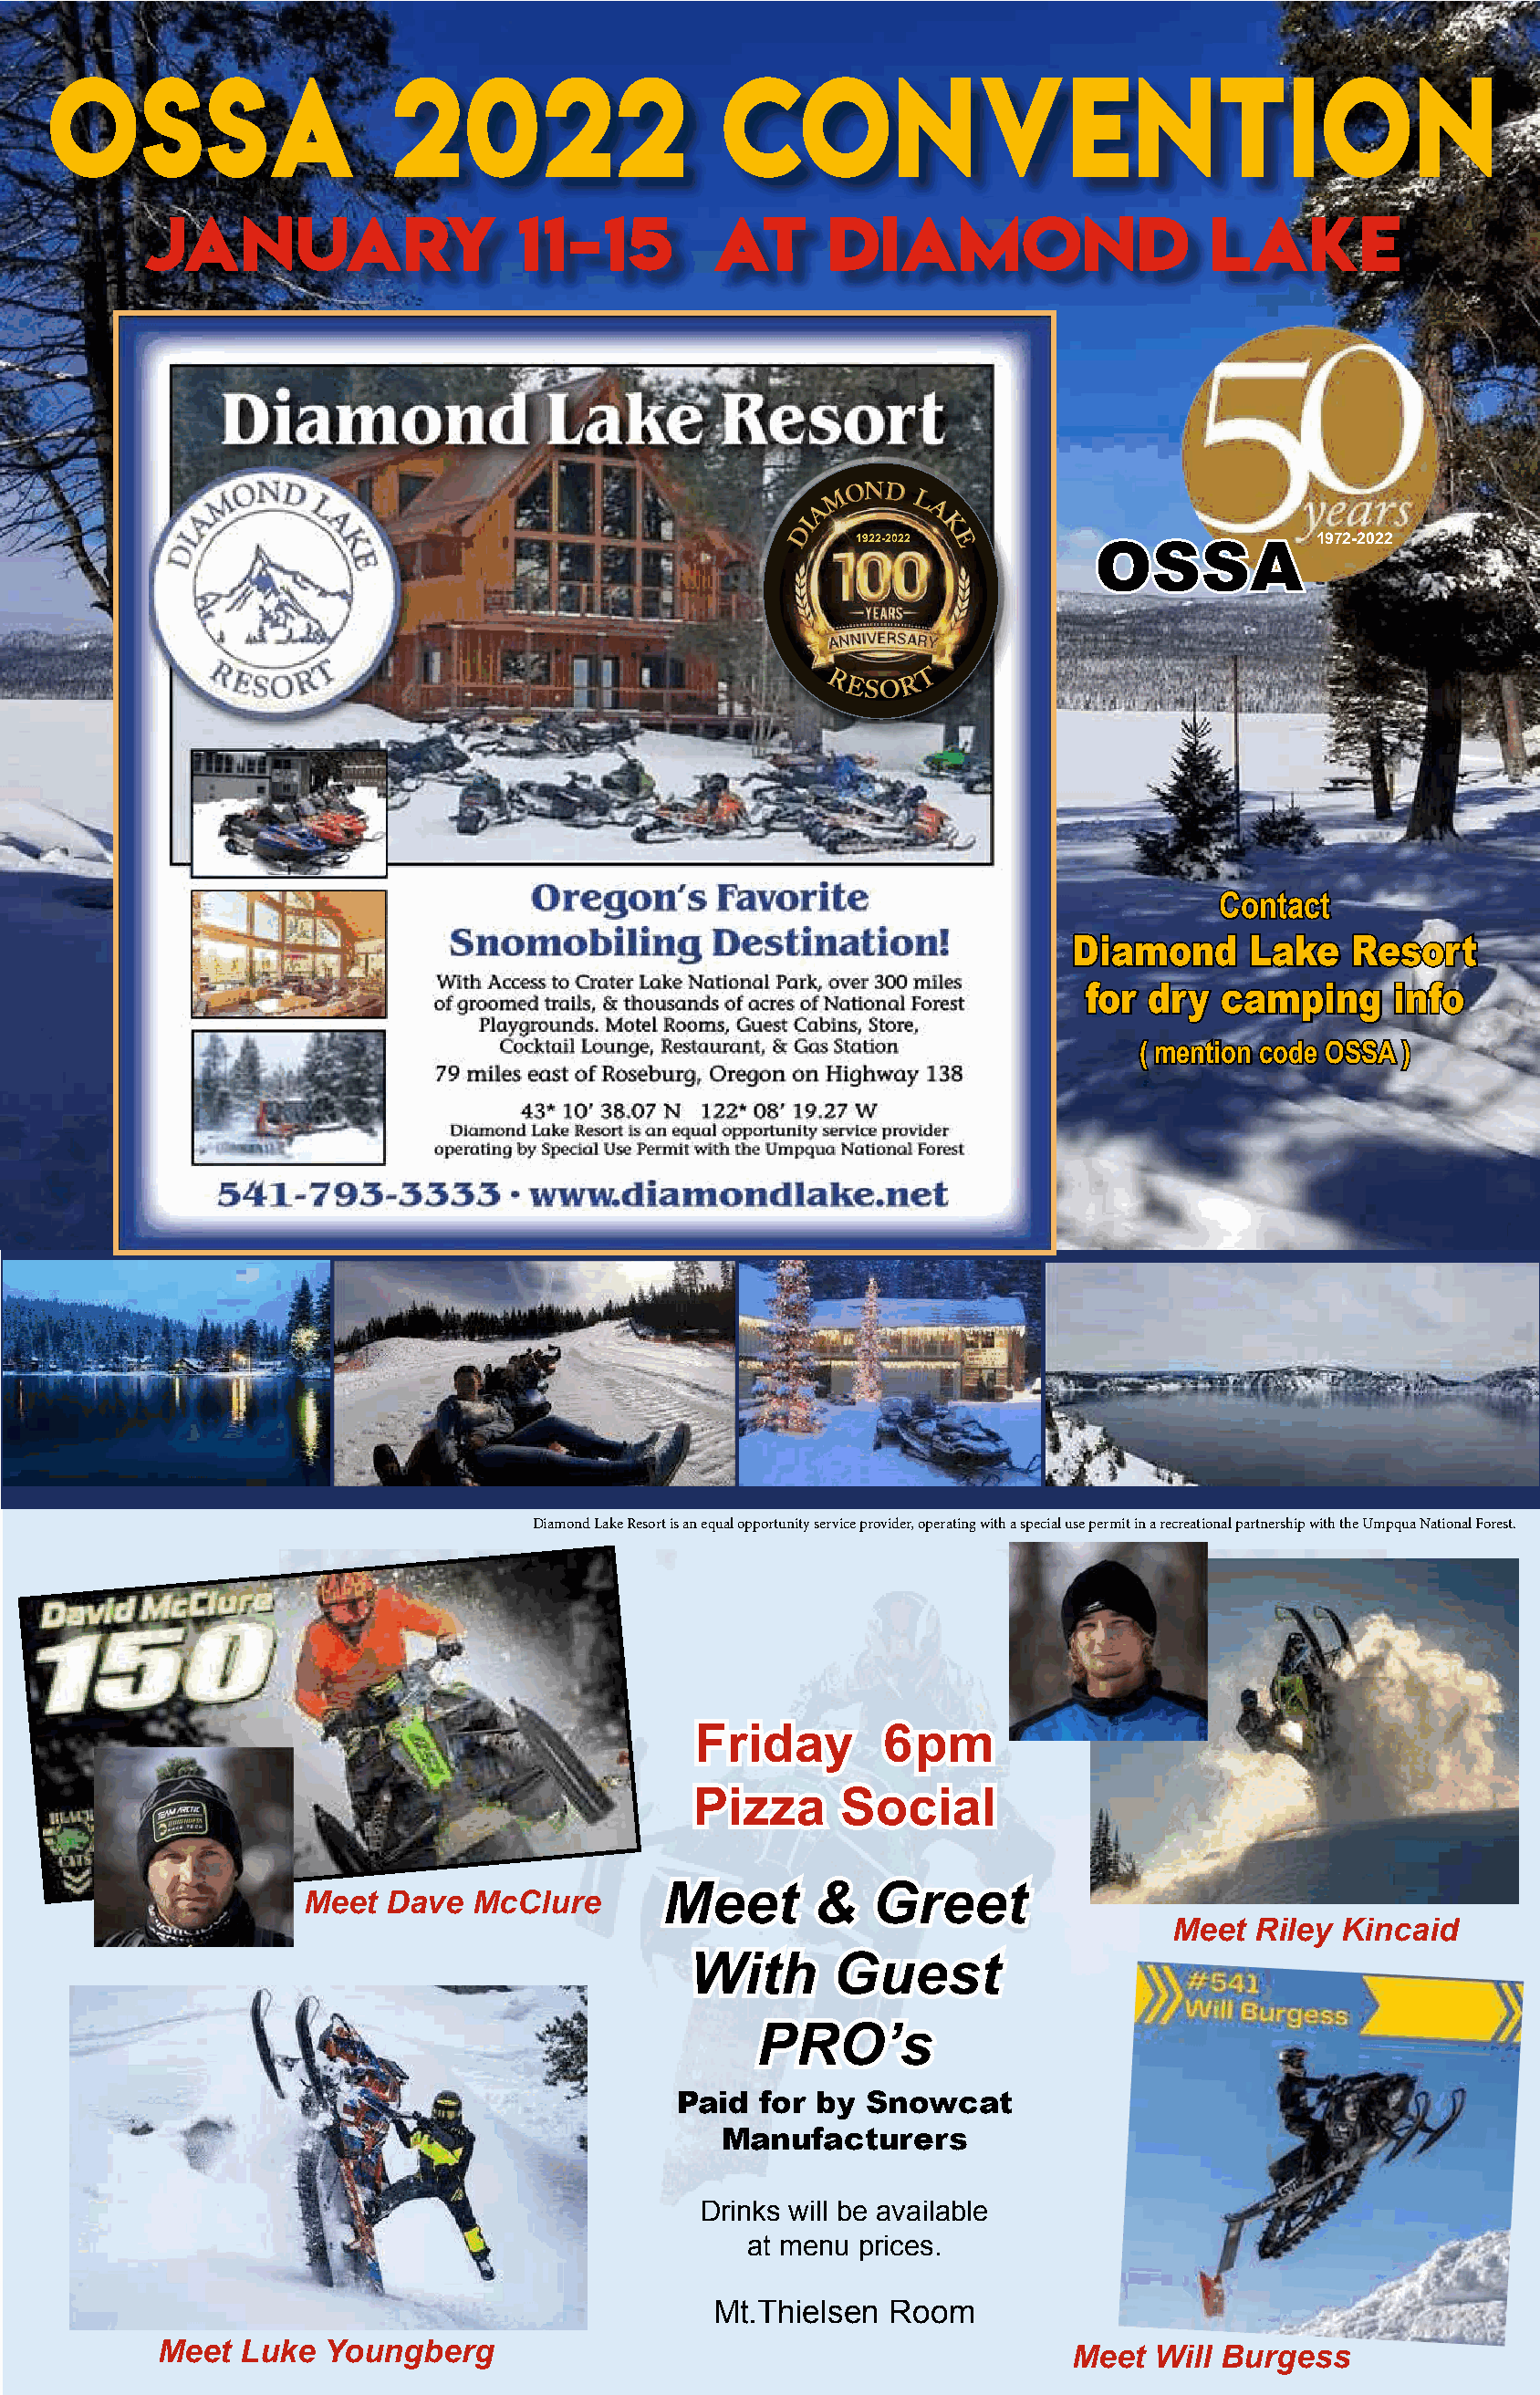
OSSA                    2022                    Convention
 January                     11-15         at      Diamond                     Lake
 M
 OND
 L
 A       A
 I
 D          K
 1922-2022 E      OSSA             1972-2022
 T
 RESOR
 Contact
 Diamond      Lake   Resort
 for dry   camping     info
 ( mention code OSSA )
 Diamond Lake Resort is an equal opportunity service provider, operating with a special use permit in a recreational partnership with the Umpqua National Forest.
 Friday        6pm
 Pizza      Social
 Meet       &   Greet
 Meet  Dave  McClure
 Meet  Riley Kincaid
 With      Guest
 PRO’s
 Paid  for by  Snowcat
 Manufacturers
 Drinks will be available
 at menu prices.
 Mt.Thielsen  Room
 Meet  Luke   Youngberg                                             Meet  Will Burgess